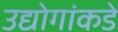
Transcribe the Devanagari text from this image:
उद्योगांकडे